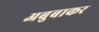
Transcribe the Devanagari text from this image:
अबुबाकर